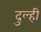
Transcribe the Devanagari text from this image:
दुल्ही